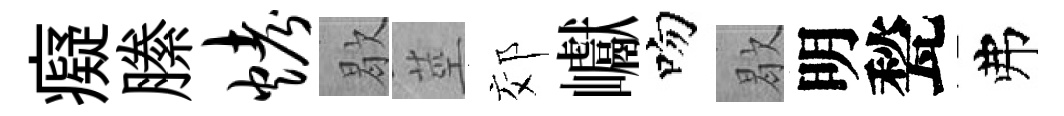
癡縢烤歇莖郊巘吻歇明甃弗